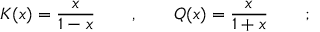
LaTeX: K ( x ) = \frac { x } { 1 - x } \qquad , \qquad Q ( x ) = \frac { x } { 1 + x } \qquad ;